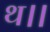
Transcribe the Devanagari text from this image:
थ।।